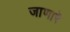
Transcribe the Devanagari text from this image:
जाणारॆ